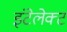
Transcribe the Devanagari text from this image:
इंटेलेक्ट